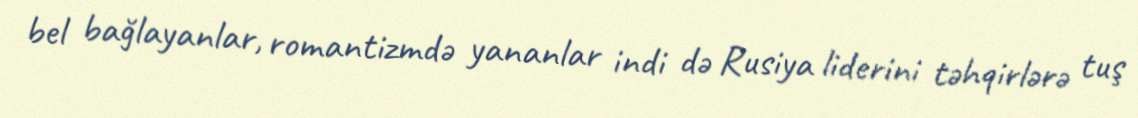
bel bağlayanlar, romantizmdə yananlar indi də Rusiya liderini təhqirlərə tuş